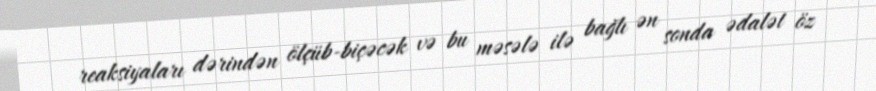
reaksiyaları dərindən ölçüb-biçəcək və bu məsələ ilə bağlı ən sonda ədalət öz